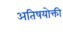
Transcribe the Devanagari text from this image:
अतिषयोक्ती